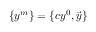
\{ y ^ { m } \} = \{ c y ^ { 0 } , { \vec { y } } \}